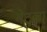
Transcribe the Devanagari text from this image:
गेटुला